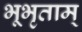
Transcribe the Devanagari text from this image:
भूभृताम्